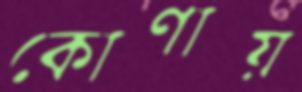
কোণায়